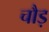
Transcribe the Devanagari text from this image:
चौड़